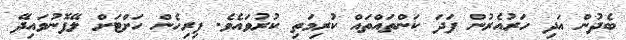
ބެދުން އަދި ހަރުއެރުން ފަދަ ކަންތައްތައް ކުރިމަތި ކުރުވައެވެ. ފިރިހެން ހަށްޓަށް ލޭފޮނުވައިދޭ